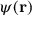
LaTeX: \psi ( \mathbf { r } )